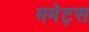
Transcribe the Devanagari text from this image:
ममेट्स